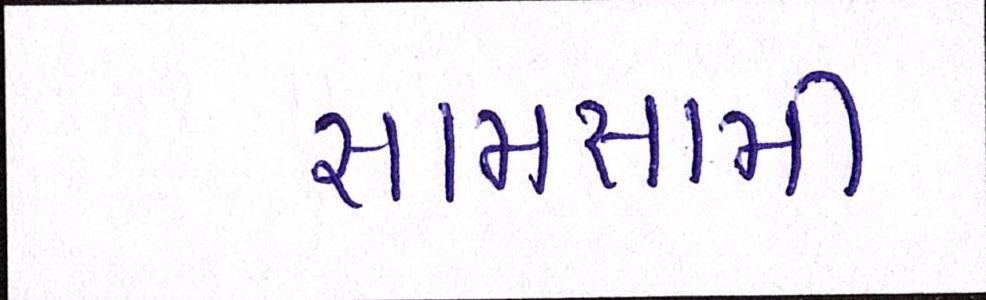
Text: સામસામી